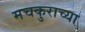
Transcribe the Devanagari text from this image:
मचकुराच्या